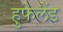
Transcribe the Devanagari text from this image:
हुफेलैंड